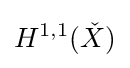
H^{1,1}({\check {X}})